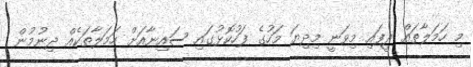
މި ހަމަލާތައް ދީފައި މިވަނީ މިދިޔަ މަހުގެ ފަހުކޮޅުގައި ސައިނާއަށް ހަމަލާތަކެއް ދިނުމުން